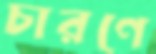
চারণে